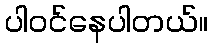
ပါဝင်နေပါတယ်။